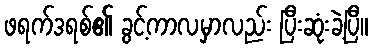
ဖရက်ဒရစ်၏ ခွင့်ကာလမှာလည်း ပြီးဆုံးခဲ့ပြီ။